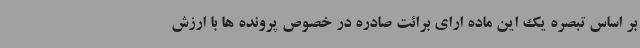
بر اساس تبصره یک این ماده ارای برائت صادره در خصوص پرونده ها با ارزش